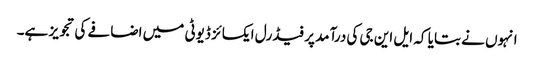
انہوں نے بتایا کہ ایل این جی کی درآمد پر فیڈرل ایکسائز ڈیوٹی میں اضافے کی تجویز ہے۔